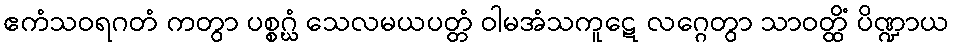
ဧကံသဝရဂတံ ကတွာ ပစ္စဂ္ဃံ သေလမယပတ္တံ ဝါမအံသကူဋေ လဂ္ဂေတွာ သာဝတ္ထိံ ပိဏ္ဍာယ